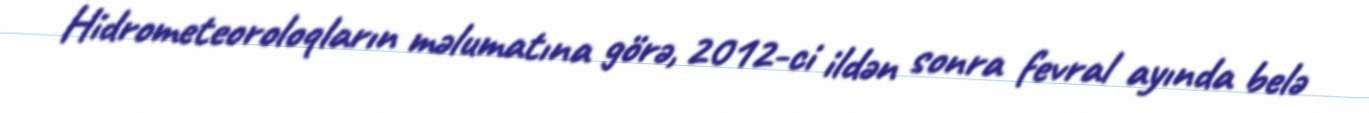
Hidrometeoroloqların məlumatına görə, 2012-ci ildən sonra fevral ayında belə